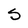
Character: S